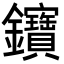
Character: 𨰰